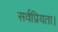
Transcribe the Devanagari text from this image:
सर्वप्रियता।